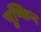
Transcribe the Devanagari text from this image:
पुष्किन